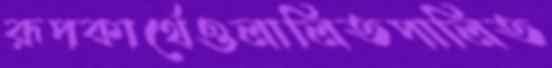
রূপকার্থেওলালিতপালিত